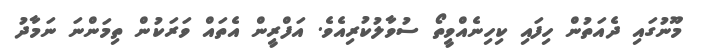
މޫނުގައި ދެއަތުން ހިފައި ކިހިނެއްވީތޯ ސުވާލުކުރިއެވެ. އަފްރީން އެތައް ވަރަކުން ތިމަންނަ ނަމާދު